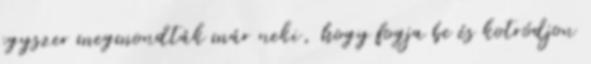
egyszer megmondták már neki, hogy fogja be és kotródjon